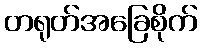
တရုတ်အခြေစိုက်